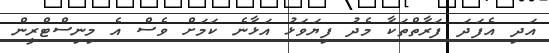
އަދި އެފަދަ ފަރާތްތަކާ މެދު ފިޔަވަޅު އަޅާނެ ކަމަށް ވެސް އެ މިނިސްޓްރީން